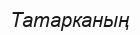
Татарканың